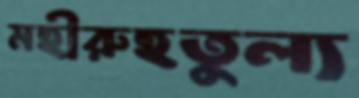
মহীরুহতুল্য